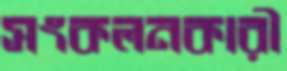
সংকলনকারী